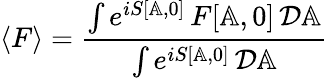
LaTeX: \langle F\rangle={\frac{\int e^{iS[\mathbb{A},0]}\, F[\mathbb{A},0]\, {\cal D}\mathbb{A}}{\int e^{iS[\mathbb{A},0]}\, {\cal D}\mathbb{A}}}